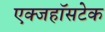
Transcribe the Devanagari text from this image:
एक्जहॉसटेक